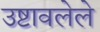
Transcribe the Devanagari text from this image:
उष्टावलेले